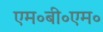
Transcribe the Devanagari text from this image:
एम॰बी॰एम॰